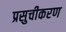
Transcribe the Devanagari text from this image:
प्रसुचीकरण